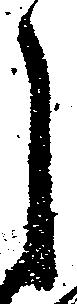
し